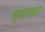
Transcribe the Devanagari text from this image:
स्‍वायतता